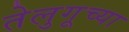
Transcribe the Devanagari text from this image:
तेलुगूच्या